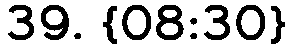
39. {08:30}